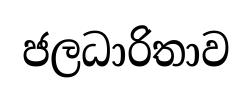
ජලධාරිතාව